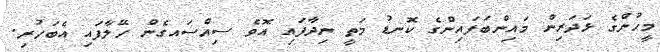
މީހުންގެ ޅަދަރިން މައިންބަފައިންގެ ކޮނޑު މަތީ ނިދާފައި އޮވެ ސިއްސައގެން ހޭލާފައި އެބަހުރި.